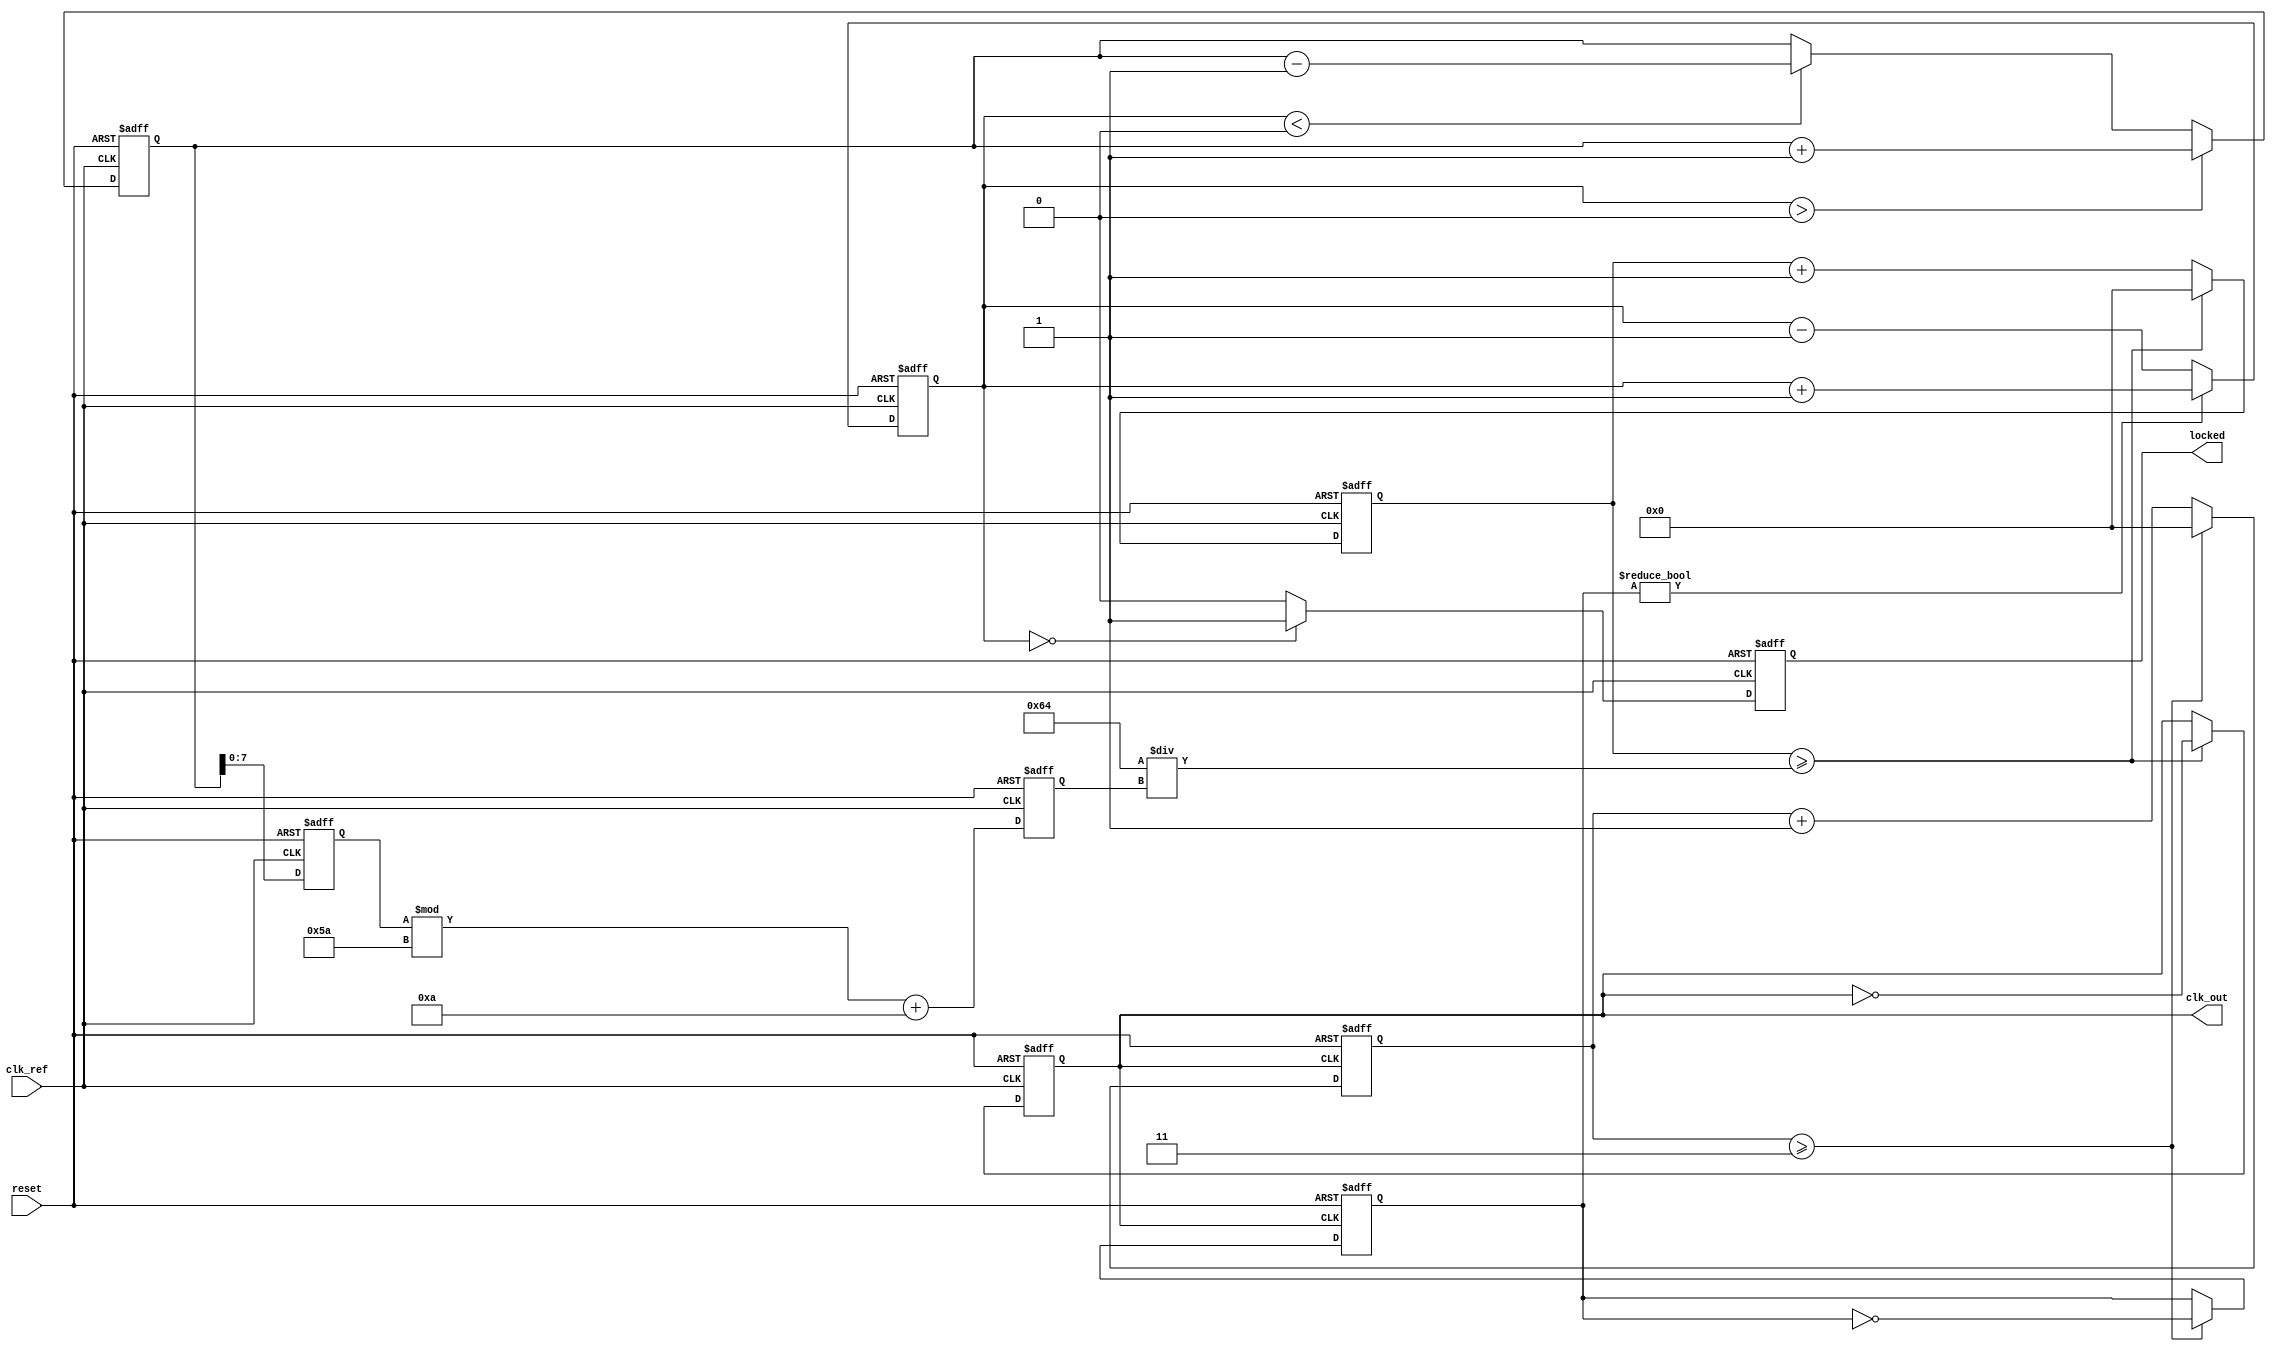
module high_performance_pll (
    input wire clk_ref,          // Reference clock input
    input wire reset,            // Reset signal
    output reg clk_out,          // Output clock
    output reg locked            // Lock status
);

    // Parameters
    parameter DIV_FACTOR = 4;    // Frequency divider factor
    parameter VCO_MAX_FREQ = 100; // Max VCO frequency in MHz
    parameter VCO_MIN_FREQ = 10;  // Min VCO frequency in MHz

    // Internal signals
    reg [31:0] phase_error;       // Phase error signal
    reg [31:0] control_voltage;    // Control voltage from charge pump
    reg [31:0] vco_freq;           // VCO frequency
    reg [31:0] vco_counter;        // VCO counter
    reg [31:0] loop_filter;        // Loop filter output
    reg [31:0] feedback_clk;       // Feedback clock signal
    reg [31:0] divider_counter;    // Divider counter

    // Phase Detector (PD)
    always @(posedge clk_ref or posedge reset) begin
        if (reset) begin
            phase_error <= 0;
        end else begin
            // Simple phase comparison logic (to be refined)
            if (feedback_clk) begin
                phase_error <= phase_error + 1; // Increment error
            end else begin
                phase_error <= phase_error - 1; // Decrement error
            end
        end
    end

    // Charge Pump
    always @(posedge clk_ref or posedge reset) begin
        if (reset) begin
            control_voltage <= 0;
        end else begin
            // Charge pump logic (simplified)
            if (phase_error > 0) begin
                control_voltage <= control_voltage + 1; // Source charge
            end else if (phase_error < 0) begin
                control_voltage <= control_voltage - 1; // Sink charge
            end
        end
    end

    // Loop Filter (simple first-order)
    always @(posedge clk_ref or posedge reset) begin
        if (reset) begin
            loop_filter <= 0;
        end else begin
            loop_filter <= control_voltage; // Directly using control voltage
        end
    end

    // Voltage-Controlled Oscillator (VCO)
    always @(posedge clk_ref or posedge reset) begin
        if (reset) begin
            vco_freq <= VCO_MIN_FREQ;
            vco_counter <= 0;
            clk_out <= 0;
        end else begin
            // Adjust VCO frequency based on loop filter output
            vco_freq <= loop_filter[7:0] % (VCO_MAX_FREQ - VCO_MIN_FREQ) + VCO_MIN_FREQ;

            // VCO frequency generation
            if (vco_counter >= (100 / vco_freq)) begin
                clk_out <= ~clk_out; // Toggle output clock
                vco_counter <= 0;
            end else begin
                vco_counter <= vco_counter + 1;
            end
        end
    end

    // Frequency Divider
    always @(posedge clk_out or posedge reset) begin
        if (reset) begin
            divider_counter <= 0;
            feedback_clk <= 0;
        end else begin
            if (divider_counter >= DIV_FACTOR - 1) begin
                feedback_clk <= ~feedback_clk; // Toggle feedback clock
                divider_counter <= 0;
            end else begin
                divider_counter <= divider_counter + 1;
            end
        end
    end

    // Lock detection (simplified)
    always @(posedge clk_ref or posedge reset) begin
        if (reset) begin
            locked <= 0;
        end else begin
            // Simple lock detection logic
            if (phase_error == 0) begin
                locked <= 1; // Locked condition
            end else begin
                locked <= 0; // Not locked
            end
        end
    end

endmodule